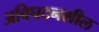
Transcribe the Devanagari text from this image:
अविघटनशील